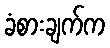
ခံစားချက်က